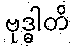
ဗုဒ္ဓါတိ